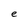
Character: e